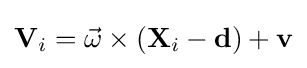
\mathbf {V} _{i}={\vec {\omega }}\times (\mathbf {X} _{i}-\mathbf {d} )+\mathbf {v}